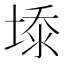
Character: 𰊆